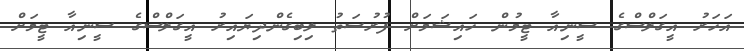
އަހަރު އީގަލްސްގެ ސީނިއާ ޓީމުން ހައިޝަމަށް ފުރުސަތު ލިބިގެންދިޔައިރު އީގަލްސްގެ ސީނިއާ ޓީމަށް